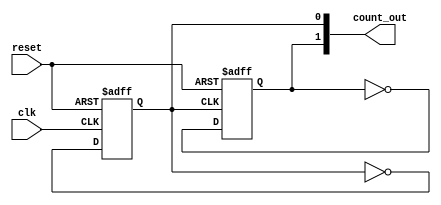
module ripple_counter (
    input wire clk,
    input wire reset,
    output reg [1:0] count_out
);

always @(posedge clk or posedge reset) begin
    if (reset) begin
        count_out[0] <= 1'b0;
    end else begin
        count_out[0] <= ~count_out[0];
    end
end

always @(negedge count_out[0] or posedge reset) begin
    if (reset) begin
        count_out[1] <= 1'b0;
    end else begin
        count_out[1] <= ~count_out[1];
    end
end

endmodule